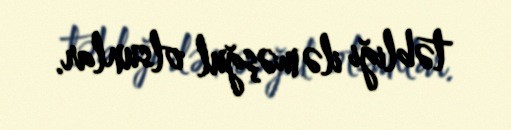
təbliği ilə məşğul olsunlar.